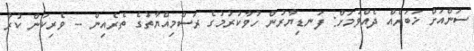
ސަންއަށް ޚަބަރެއް ދެއްވުމަށް: ފަނޑިޔާރުން ހުވާކުރުމުގެ ރަސްމިއްޔާތުގެ ތެރެއިން -- ވެރިކަން ކުރާ